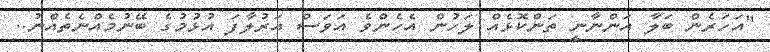
"އަހަރެން ބަލާ އަންނާނީ ތަންކޮޅެއް ލަހުން އެހެންވެ އަވަސް އަރުލާފަ އުޅުމުގެ ބޭނުމެއްނެތެއްނު..